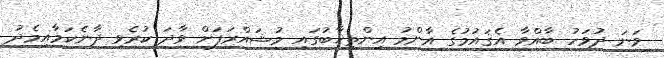
ވަނަ ދުވަހު ބާއްވާ އެޤައުމުގެ އާންމު އިންތިޚާބުގައި މުޝައްރަފަށް ވާދަ ކުރެވި ދާނެކަމާއިމެދު